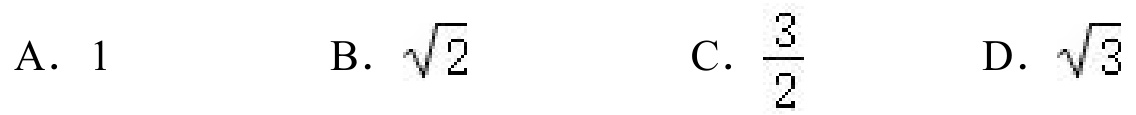
A. \(1\)
B. \(\sqrt{2}\)
C. \(\frac{3}{2}\)
D. \(\sqrt{3}\)